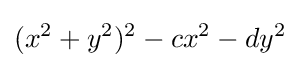
(x^{2}+y^{2})^{2}-cx^{2}-dy^{2}